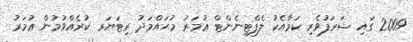
2009 ގައި ޝަރަފުވެރި ކަމާއެކު ލެފްޓިނެންޓް ޢުމަރު މުޙައްމަދު ރިޓަޔަރ ކުރެއްވުމުން ޢުމަރު